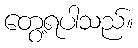
တွေ့ရပါသည်။